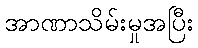
အာဏာသိမ်းမှုအပြီး